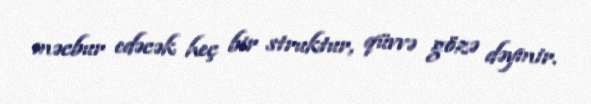
məcbur edəcək heç bir struktur, qüvvə gözə dəymir.